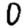
Digit: 0